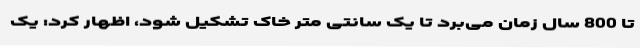
تا 800 سال زمان می‌برد تا یک سانتی متر خاک تشکیل شود، اظهار کرد: یک